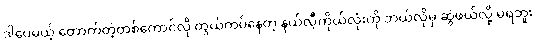
ဒါပေမယ့် တောက်တဲ့တစ်ကောင်လို တွယ်ကပ်နေတဲ့ နယ်လီ့ကိုယ်လုံးကို ဘယ်လိုမှ ဆွဲဖယ်လို့ မရဘူး